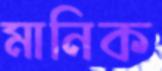
মানিক